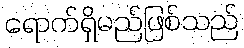
ရောက်ရှိမည်ဖြစ်သည်